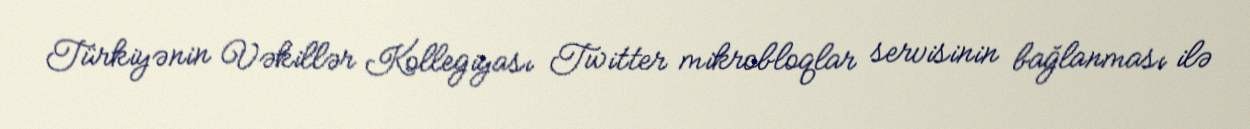
Türkiyənin Vəkillər Kollegiyası Twitter mikrobloqlar servisinin bağlanması ilə